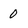
Character: 0